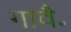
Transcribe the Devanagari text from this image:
गावै॰